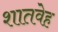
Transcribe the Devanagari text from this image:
शातवेह